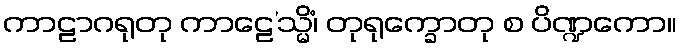
ကာဠာဂရုတု ကာဠေ’သ္မိံ၊ တုရုက္ခောတု စ ပိဏ္ဍကော။